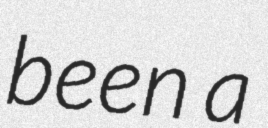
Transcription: been a